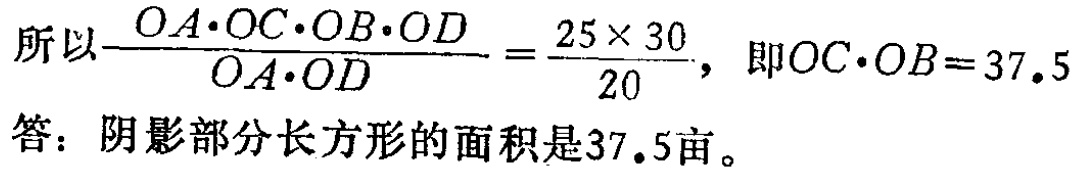
所以\(\frac{OA\cdot OC\cdot OB\cdot OD}{OA\cdot OD}=\frac{25\times 30}{20}\)，即\(OC\cdot OB = 37.5\)。

答：阴影部分长方形的面积是\(37.5\)亩。